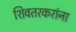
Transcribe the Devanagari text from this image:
शिवतरकरांना